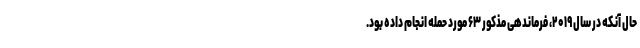
حال آنکه در سال ۲۰۱۹، فرماندهی مذکور ۶۳ مورد حمله انجام داده بود.